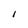
Character: l